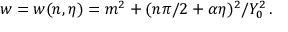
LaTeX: w = w ( n , \eta ) = m ^ { 2 } + ( n \pi / 2 + \alpha \eta ) ^ { 2 } / Y _ { 0 } ^ { 2 } \, .